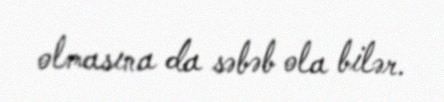
olmasına da səbəb ola bilər.